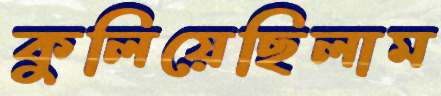
কুলিয়েছিলাম